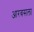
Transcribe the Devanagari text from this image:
आरबसला